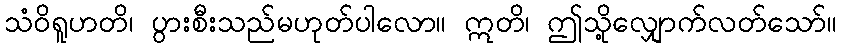
သံဝိရူဟတိ၊ ပွားစီးသည်မဟုတ်ပါလော။ ဣတိ၊ ဤသို့လျှောက်လတ်သော်။